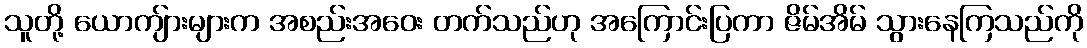
သူတို့ ယောကျ်ားများက အစည်းအဝေး တက်သည်ဟု အကြောင်းပြကာ ဇိမ်အိမ် သွားနေကြသည်ကို